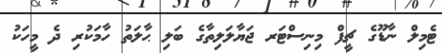
ޓެމިލް ނާޑޫގެ ޗީފް މިނިސްޓަރ ޖަޔާލަލިތާގެ ބަލި ޙާލަތު ހާމަކުރި ދެ މީހަކު